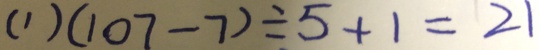
( 1 ) ( 1 0 7 - 7 ) \div 5 + 1 = 2 1